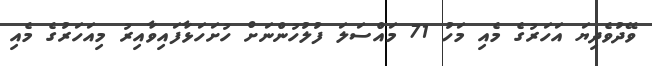
ވޭދުވެދިޔަ އަހަރުގެ މެއި މަހު 71 މައްސަލަ ފުލުހުންނަށް ހުށަހަޅާފައިވާއިރު މިއަހަރުގެ މެއި